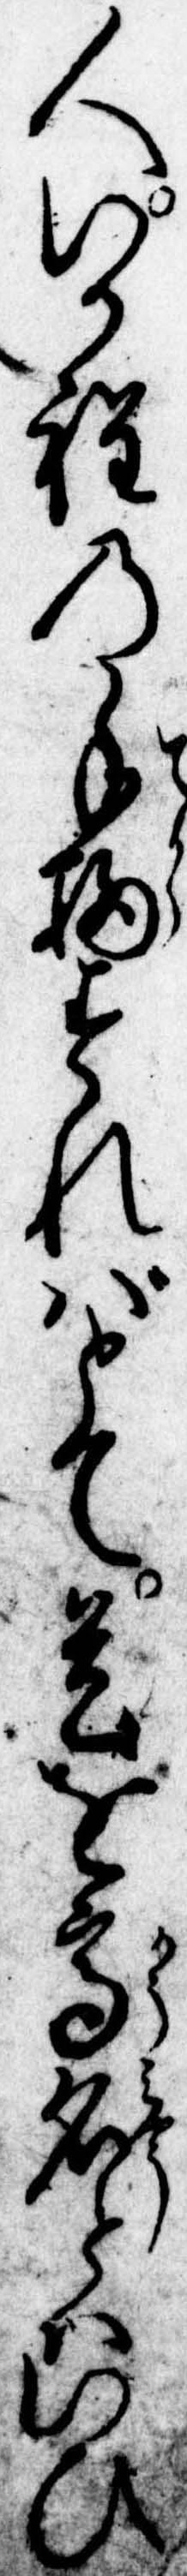
人いか程の手柄すればとて是を高名とはいひ